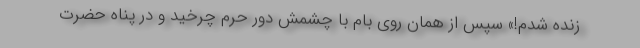
زنده شدم!» سپس از همان روی بام با چشمش دور حرم چرخید و در پناه حضرت